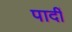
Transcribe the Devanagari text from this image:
पादीं